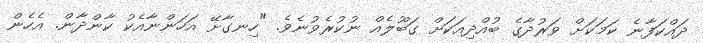
ދައްކަފާނެ ކަމަކަށް ވަރުދާގެ ބުއްދިއަކަށް ގަބޫލެއް ނުކުރެވުނެވެ. "ހިނގާށޭ އަހަންނާއެކު ކާންދާން. އެހެން